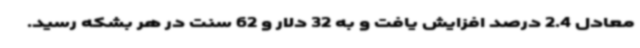
معادل 2.4 درصد افزایش یافت و به 32 دلار و 62 سنت در هر بشکه رسید.